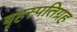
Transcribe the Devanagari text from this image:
बृहस्पतिग्रह